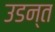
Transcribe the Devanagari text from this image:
उडन्त